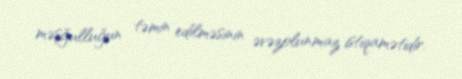
məşğulluğun təmin edilməsinin əvəzolunmaz istiqamətidir.